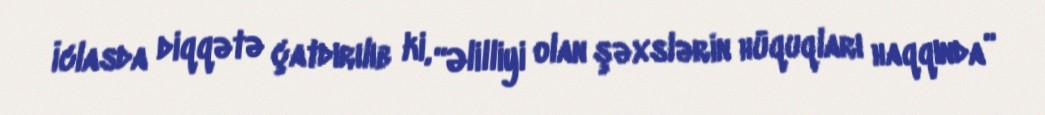
İclasda diqqətə çatdırılıb ki, “Əlilliyi olan şəxslərin hüquqları haqqında”